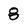
Character: g